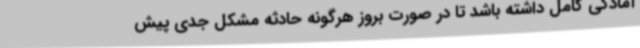
آمادگی کامل داشته باشد تا در صورت بروز هرگونه حادثه مشکل جدی پیش